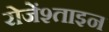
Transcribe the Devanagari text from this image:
रोजेंश्ताइन